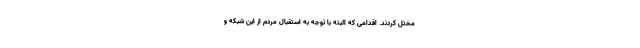
مختل کردند. اقدامی که البته با توجه به استقبال مردم از این شبکه و